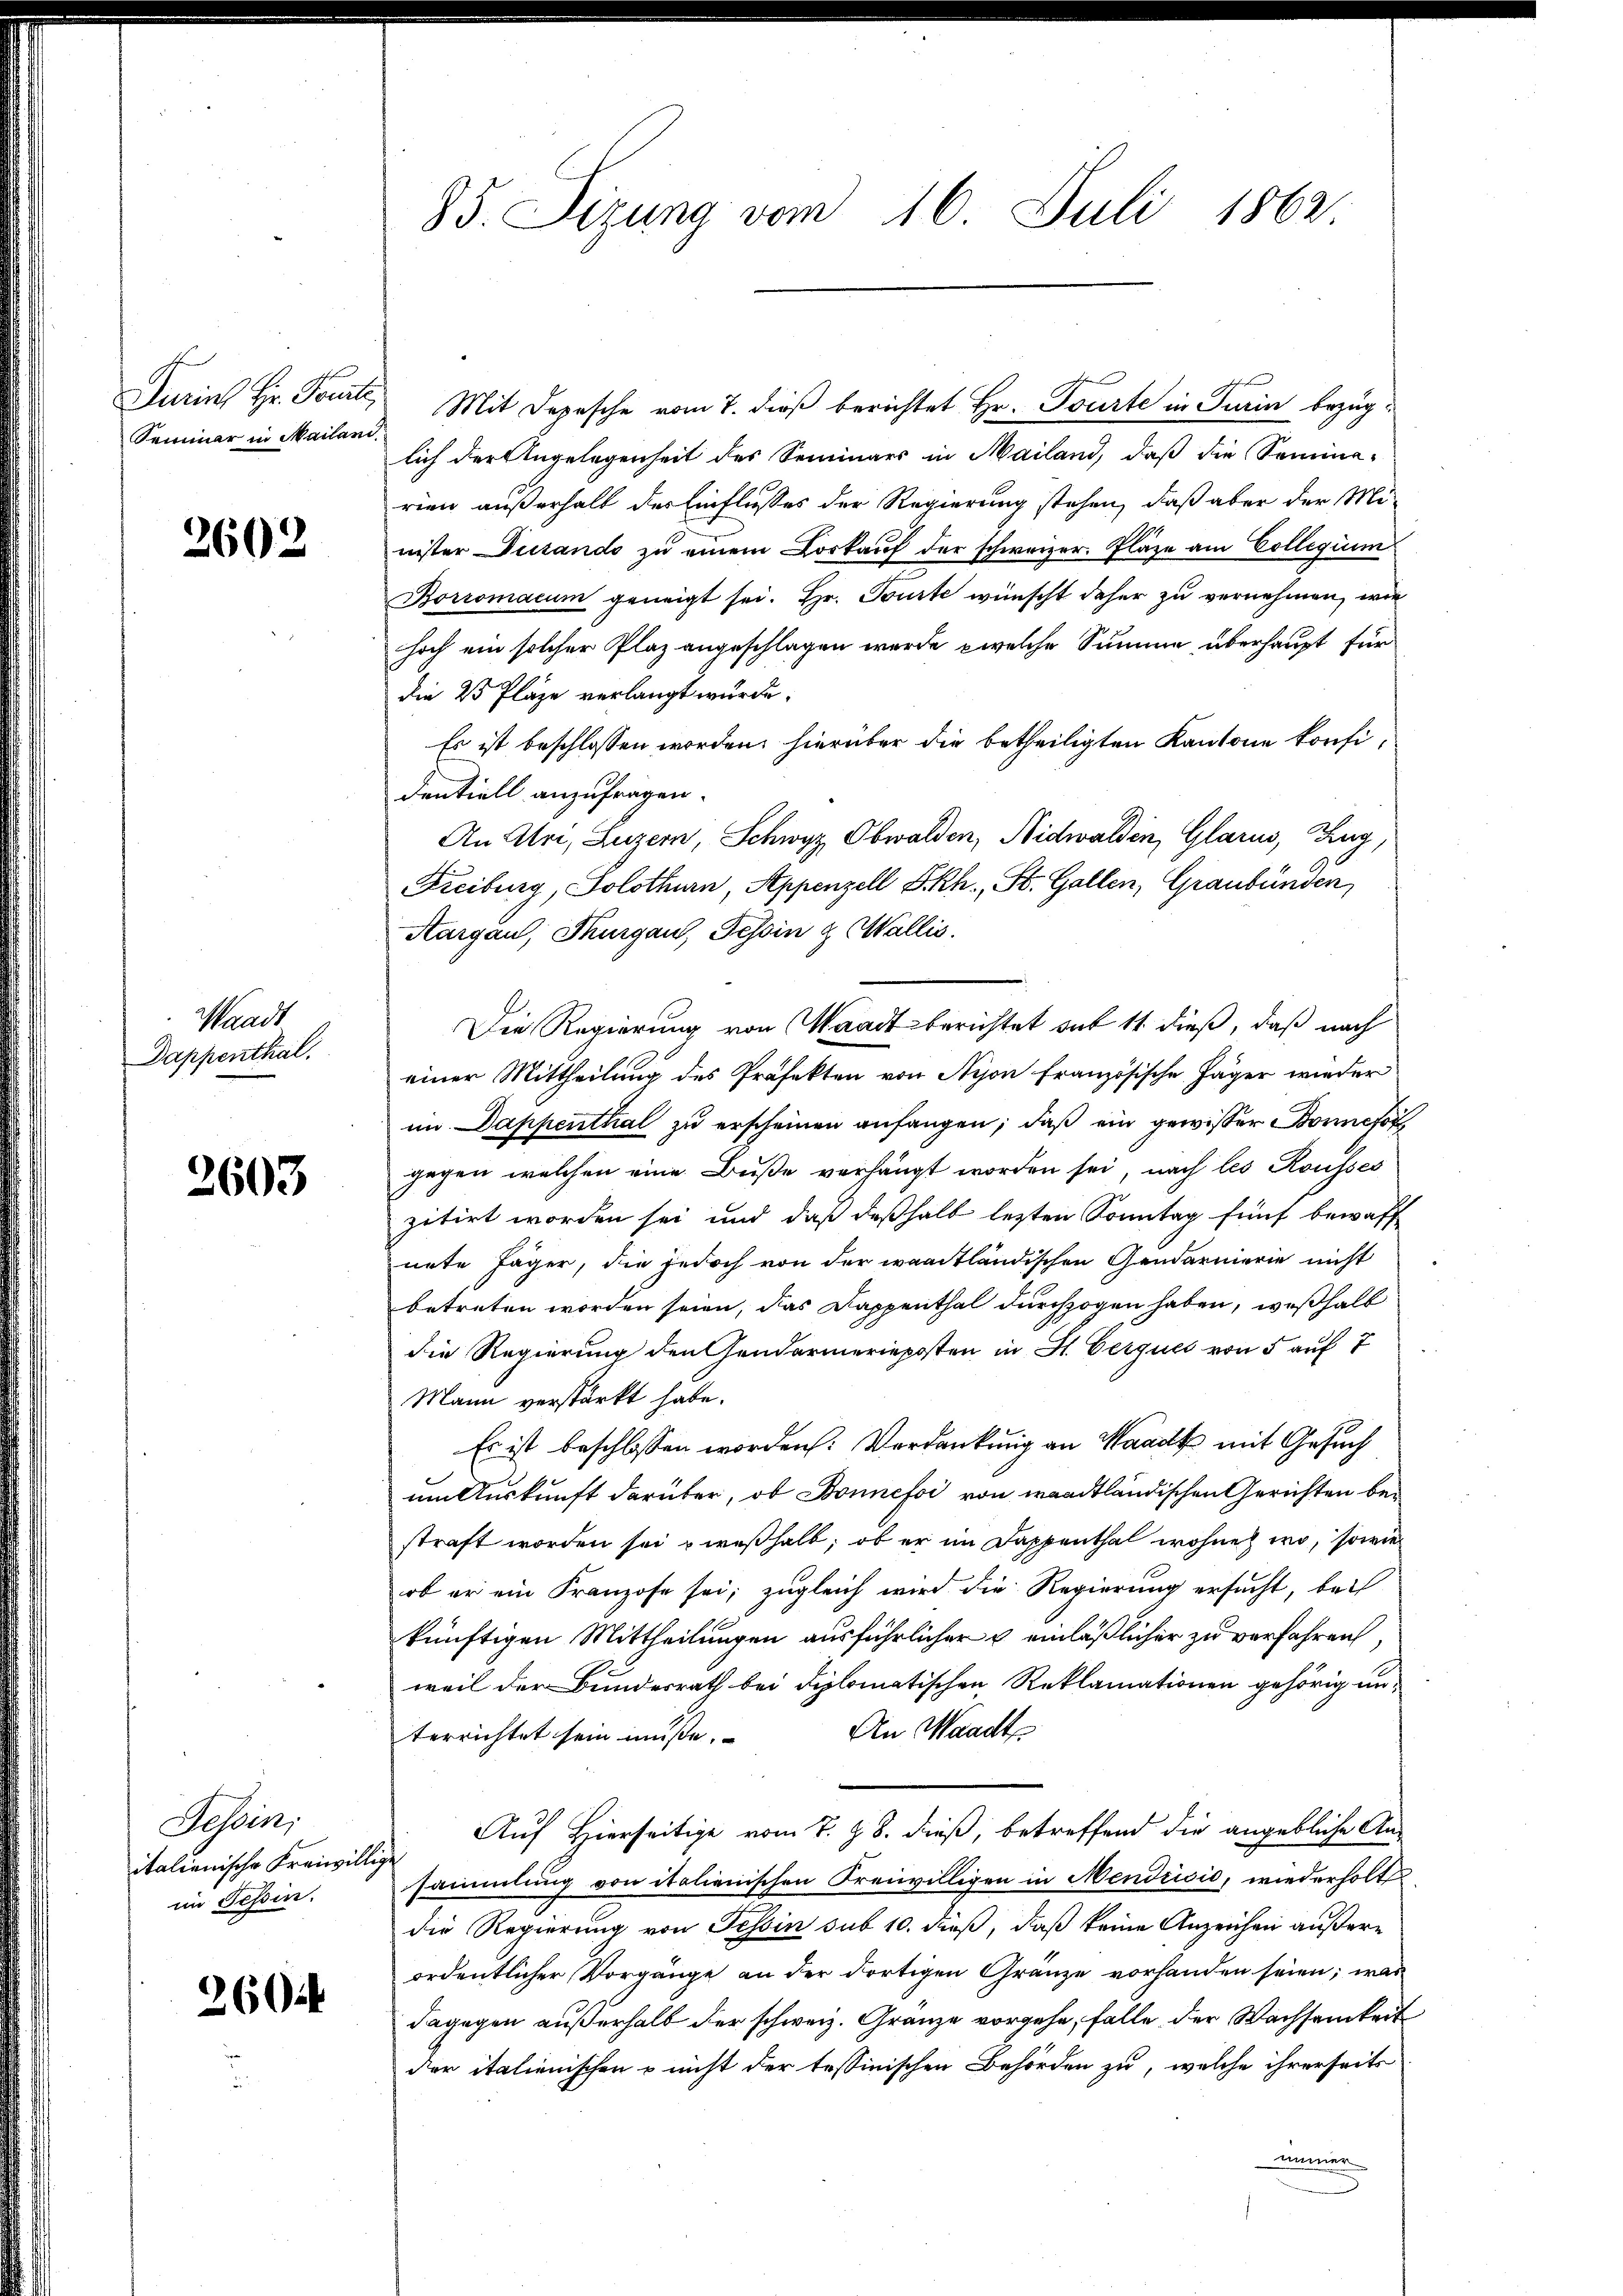
Turins Hr. Toute,
Seminar in Mailani

2602

Waadt
Dappenthal.

2603

Tessin;
italienische Freiwillig
im Tessin.

2604

85. Sizung vom 16. Juli 1862.

Mit Depesche vom 7. dieß berichtet Hr. Tourte in Turin bezüglich der Angelegenheit des Seminars in Mailand, daß die Semina-
rien außerhalt der Einflußes der Regierung stehen, daß aber der Minister Distando zu einem Vorkauf der schweizer. Plaze am Collegium
Borromacum geneigt sei. Hr. Tourte wünscht daher zu vernehmen, wie
hoch ein solcher Plaz angeschlagen wurde, welche Summe überhaupt für
die 25 Pläze verlangt wurde.
Es ist beschlossen worden, hierüber die betheiligten Kantone konfidentiell anzufragen.
An Uri, Luzern, Schwyz, Obwalden, Nidwalden, Glarus, Zug,
Freiburg, Solothurn, Appenzell I.Rh., St. Gallen, Graubünden,
Aargau, Thurgau, Tessin & Wallis.
Die Regierung von Waadt berichtet sub 11 dieß, daß nach
einer Mittheilung des Präfekten von Nyon französische Jäger wieder
im Dappenthal zu erscheinen anfangen, daß ein gewisser Bonnefor
gegen welchen eine Buße verhängt worden sei, nach les Rousses
zitirt worden sei und daß deßhalb letzten Sonntag fünf bewaff
nete Jäger, die jedoch von der waadtländischen Gendarmerie nicht
betreten worden seien, das Dappenthal durchzogen haben, weßhalb
die Regierung den Gendarmerieposten in St. Gerques von 5 auf 7
Mann verstärkt habe.
Es ist beschlossen worden: Verdankung an Waadt mit Gesuch
um Auskunft darüber, ob Bonnefoi von waadtländischen Gerichten bestraft worden sei weßhalb, ob er im Dappenthal wohne wo, sowie
ob er ein Franzose sei; zugleich wird die Regierung ersucht, bei
künftigen Mittheilungen ausführlicher & einläßlicher zu verfahren,
weil der Bundesrath bei diplomatischen Reklamationen gehörig un¬
An Waadt
terrichtet sein müsse.
Auf Hierseitige vom 7. Z. 8. dieß, betreffend die angebliche Ansammlung von italienischen Freiwilligen in Mendrisis, wiederholt
die Regierung von Tessin sub 10. dieß, daß keine Anzeichen äußere
ordentlicher Vorgänge an der dortigen Granze vorhanden seien; was
dagegen außerhalb der schweiz. Granze vorgehe, falle der Wachsamkeit
der italienischen & nicht der tessinischen Behörden zu, welche ihrerseits
immen